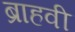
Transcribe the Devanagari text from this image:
ब्राहवी